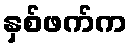
နှစ်ဖက်က